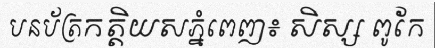
បនប័ត្រកត្តិយសភ្នំពេញ៖ សិស្ស ពូកែ